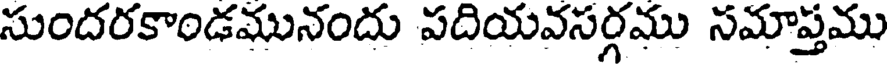
సుందరకాండమునందు పదియవసర్గము సమాప్తము